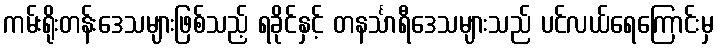
ကမ်းရိုးတန်းဒေသများဖြစ်သည့် ရခိုင်နှင့် တနင်္သာရီဒေသများသည် ပင်လယ်ရေကြောင်းမှ